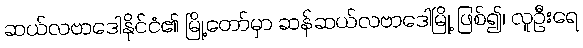
ဆယ်လဗာဒေါနိုင်ငံ၏ မြို့တော်မှာ ဆန်ဆယ်လဗာဒေါမြို့ ဖြစ်၍၊ လူဦးရေ